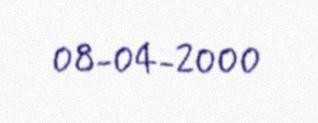
08-04-2000